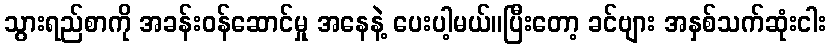
သွားရည်စာကို အခန်းဝန်ဆောင်မှု အနေနဲ့ ပေးပါ့မယ်။ပြီးတော့ ခင်ဗျား အနှစ်သက်ဆုံးငါး